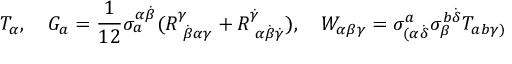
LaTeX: T _ { \alpha } , \quad G _ { a } = \frac { 1 } { 1 2 } \sigma _ { a } ^ { \alpha \dot { \beta } } ( R _ { \, \, \dot { \beta } \alpha \gamma } ^ { \gamma } + R _ { \, \, \alpha \dot { \beta } \dot { \gamma } } ^ { \dot { \gamma } } ) , \quad W _ { \alpha \beta \gamma } = \sigma _ { ( \alpha \dot { \delta } } ^ { a } \sigma _ { \beta } ^ { b \dot { \delta } } T _ { a b \gamma ) }